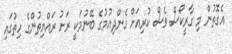
އެގޮތުން މި ގާރީކޯސް ވެސް ކުރިއަށް ގެންދިއުމުގެ ބޭނުމަކީ ރަށު ރައްޔިތުންގެ ހިތުގައި